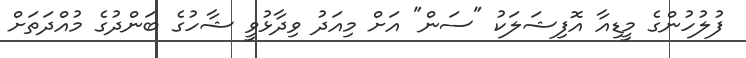
ފުލުހުންގެ މީޑިއާ އޮފިޝަލަކު "ސަން" އަށް މިއަދު ވިދާޅުވީ ޝާހުގެ ބަންދުގެ މުއްދަތަށް